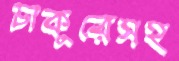
চাকুরেসহ